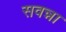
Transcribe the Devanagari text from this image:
सवन्ना